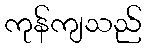
ကုန်ကျသည်